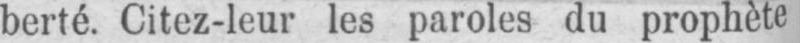
berté. Citez-leur les paroles du prophète,